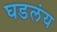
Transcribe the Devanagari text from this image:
घडलंय